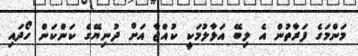
މަންމަގެ ފަރާތުން އެ ލިބޭ އަޅާލުމަކީ ކުއްޖާ އަށް ދުނިޔޭގެ ކަންކަން ހޯދައި